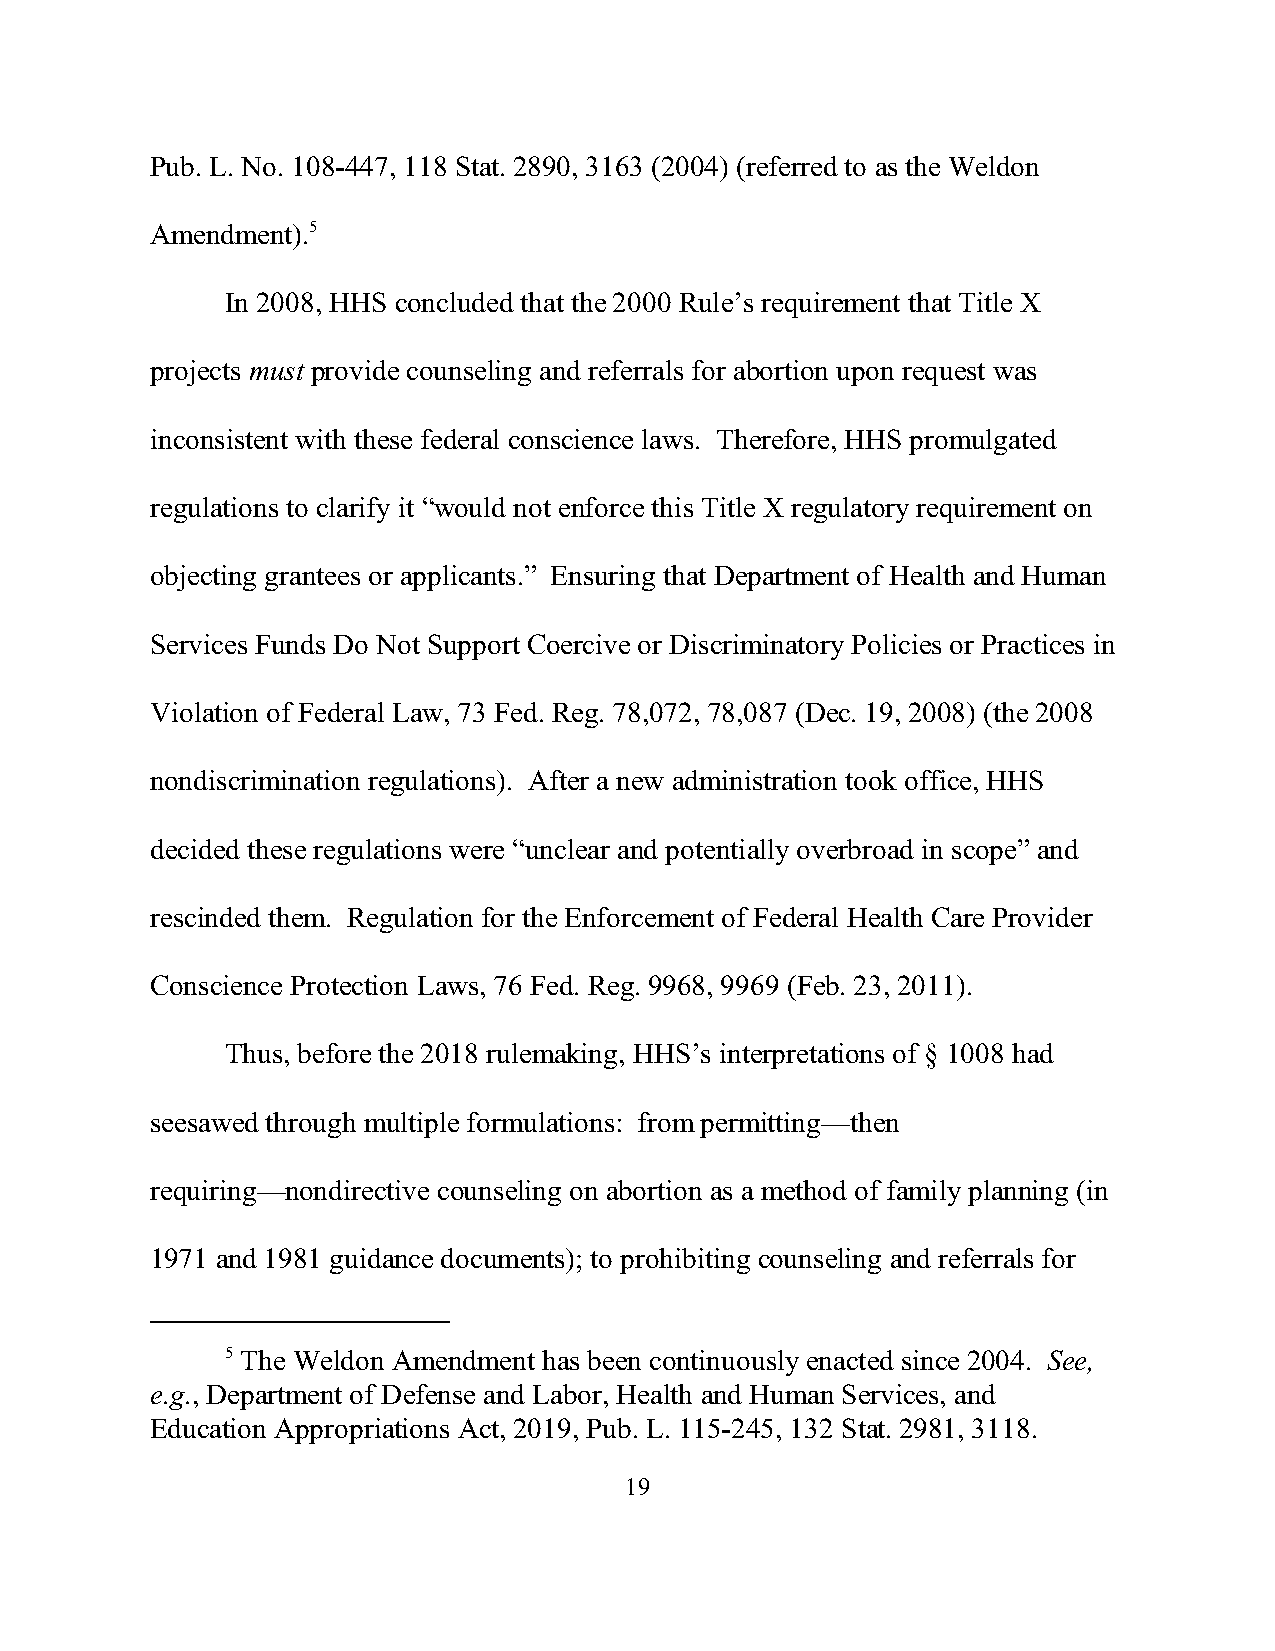
Pub. L. No. 108-447, 118 Stat. 2890, 3163 (2004) (referred to as the Weldon
 Amendment).5
 In 2008, HHS concluded that the 2000 Rule’s requirement that Title X
 projects must provide counseling and referrals for abortion upon request was
 inconsistent with these federal conscience laws. Therefore, HHS promulgated
 regulations to clarify it “would not enforce this Title X regulatory requirement on
 objecting grantees or applicants.” Ensuring that Department of Health and Human
 Services Funds Do Not Support Coercive or Discriminatory Policies or Practices in
 Violation of Federal Law, 73 Fed. Reg. 78,072, 78,087 (Dec. 19, 2008) (the 2008
 nondiscrimination regulations). After a new administration took office, HHS
 decided these regulations were “unclear and potentially overbroad in scope” and
 rescinded them. Regulation for the Enforcement of Federal Health Care Provider
 Conscience Protection Laws, 76 Fed. Reg. 9968, 9969 (Feb. 23, 2011).
 Thus, before the 2018 rulemaking, HHS’s interpretations of § 1008 had
 seesawed through multiple formulations: from permitting—then
 requiring—nondirective counseling on abortion as a method of family planning (in
 1971 and 1981 guidance documents); to prohibiting counseling and referrals for
 5 The Weldon Amendment has been continuously enacted since 2004. See,
 e.g., Department of Defense and Labor, Health and Human Services, and
 Education Appropriations Act, 2019, Pub. L. 115-245, 132 Stat. 2981, 3118.
 19